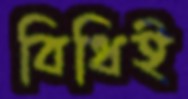
বিধিই